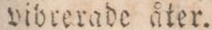
vibrerade åter.